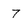
Character: 7